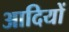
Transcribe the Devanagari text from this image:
आदियों